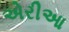
એરીઆ